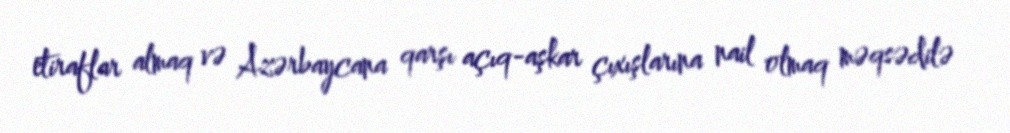
etiraflar almaq və Azərbaycana qarşı açıq-aşkar çıxışlarına nail olmaq məqsədilə